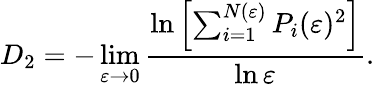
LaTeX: D_{2}=-\operatorname*{lim}_{\varepsilon\to 0}\frac{\ln\left[\sum_{i=1}^{N(\varepsilon)}P_{i}(\varepsilon)^{2}\right]}{\ln{\varepsilon}}.